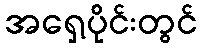
အရှေ့ပိုင်းတွင်